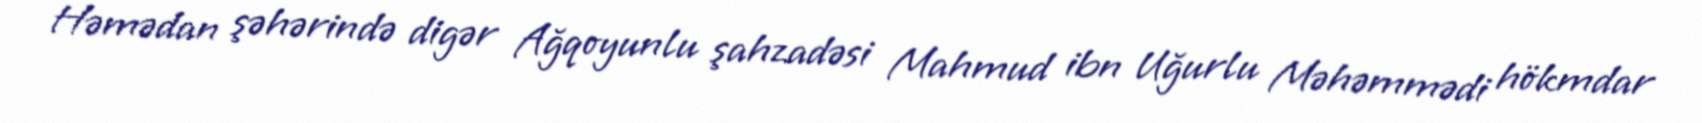
Həmədan şəhərində digər Ağqoyunlu şahzadəsi Mahmud ibn Uğurlu Məhəmmədi hökmdar